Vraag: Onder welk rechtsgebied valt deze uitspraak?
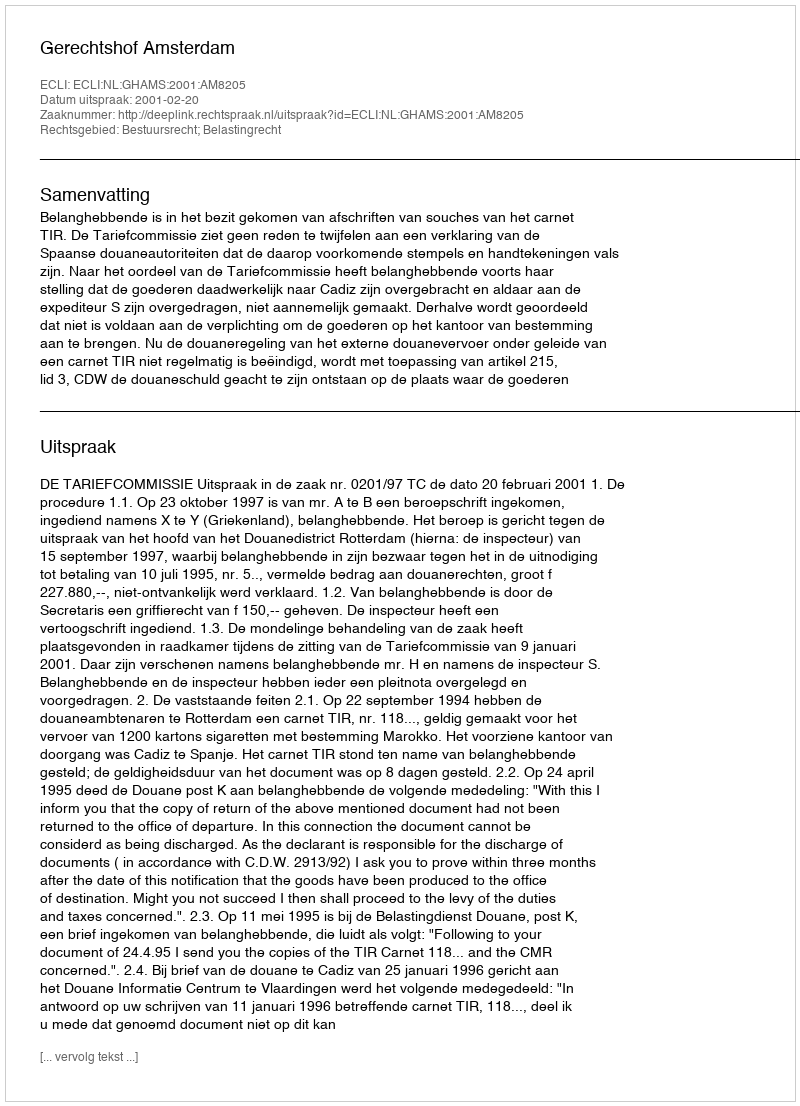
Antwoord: Bestuursrecht; Belastingrecht